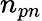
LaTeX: n_{pn}